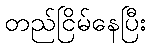
တည်ငြိမ်နေပြီး